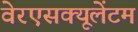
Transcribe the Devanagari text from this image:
वेरएसक्यूलेंटम